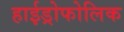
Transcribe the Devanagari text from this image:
हाईड्रोफोलिक